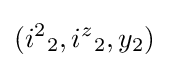
({i^{2}}_{2},{i^{z}}_{2},y_{2})